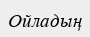
Ойладың